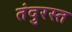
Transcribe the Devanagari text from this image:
तंदुरस्त